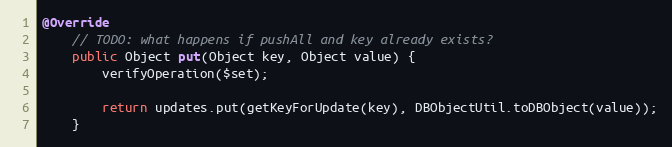
Language: Java
@Override
    // TODO: what happens if pushAll and key already exists?
    public Object put(Object key, Object value) {
        verifyOperation($set);

        return updates.put(getKeyForUpdate(key), DBObjectUtil.toDBObject(value));
    }